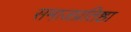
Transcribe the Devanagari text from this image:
समाजप्रतिष्ठा